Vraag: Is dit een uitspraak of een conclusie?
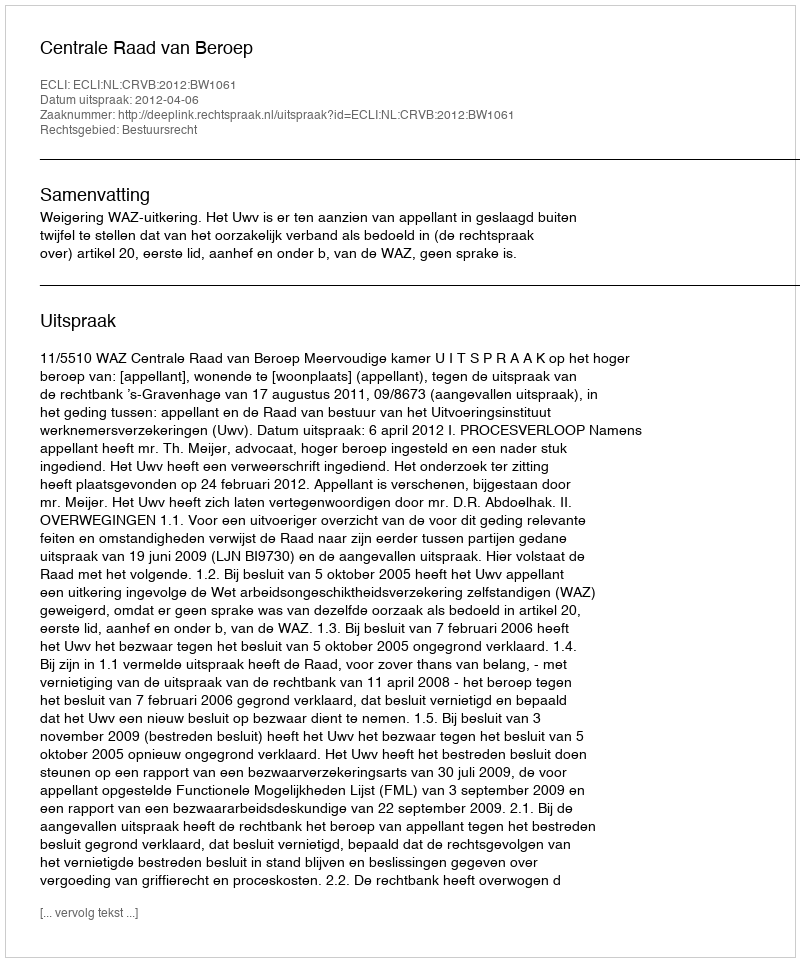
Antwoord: Uitspraak